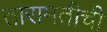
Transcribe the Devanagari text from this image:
तारामतीची